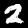
Label: 2